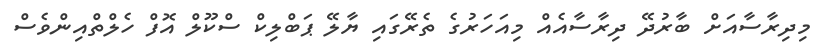
މިދިރާސާއަށް ބާރުދޭ ދިރާސާއެއް މިއަހަރުގެ ތެރޭގައި ޔާލޭ ޕަބްލިކް ސްކޫލް އޮފް ހެލްތްއިންވެސް